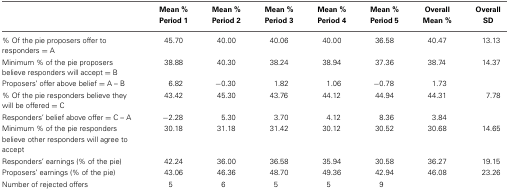
<table><thead><tr><td></td><td><b>Mean % Period 1</b></td><td><b>Mean % Period 2</b></td><td><b>Mean % Period 3</b></td><td><b>Mean % Period 4</b></td><td><b>Mean % Period 5</b></td><td><b>Overall Mean %</b></td><td><b>Overall SD</b></td></tr></thead><tbody><tr><td>% Of the pie proposers offer to responders = A</td><td>45.70</td><td>40.00</td><td>40.06</td><td>40.00</td><td>36.58</td><td>40.47</td><td>13.13</td></tr><tr><td>Minimum % of the pie proposers believe responders will accept = B</td><td>38.88</td><td>40.30</td><td>38.24</td><td>38.94</td><td>37.36</td><td>38.74</td><td>14.37</td></tr><tr><td>Proposers&#x27; offer above belief = A – B</td><td>6.82</td><td>−0.30</td><td>1.82</td><td>1.06</td><td>−0.78</td><td>1.73</td><td></td></tr><tr><td>% Of the pie responders believe they will be offered = C</td><td>43.42</td><td>45.30</td><td>43.76</td><td>44.12</td><td>44.94</td><td>44.31</td><td>7.78</td></tr><tr><td>Responders&#x27; belief above offer = C – A</td><td>−2.28</td><td>5.30</td><td>3.70</td><td>4.12</td><td>8.36</td><td>3.84</td><td></td></tr><tr><td>Minimum % of the pie responders believe other responders will agree to accept</td><td>30.18</td><td>31.18</td><td>31.42</td><td>30.12</td><td>30.52</td><td>30.68</td><td>14.65</td></tr><tr><td>Responders&#x27; earnings (% of the pie)</td><td>42.24</td><td>36.00</td><td>36.58</td><td>35.94</td><td>30.58</td><td>36.27</td><td>19.15</td></tr><tr><td>Proposers&#x27; earnings (% of the pie)</td><td>43.06</td><td>46.36</td><td>48.70</td><td>49.36</td><td>42.94</td><td>46.08</td><td>23.26</td></tr><tr><td>Number of rejected offers</td><td>5</td><td>6</td><td>5</td><td>5</td><td>9</td><td></td><td></td></tr></tbody></table>